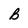
Character: B